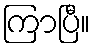
ကြာပြီ။